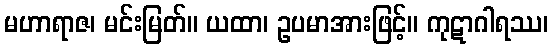
မဟာရာဇ၊ မင်းမြတ်။ ယထာ၊ ဥပမာအားဖြင့်။ ကုဋာဂါရဿ၊